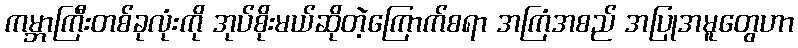
ကမ္ဘာကြီးတစ်ခုလုံးကို အုပ်စိုးမယ်ဆိုတဲ့ကြောက်စရာ အကြံအစည် အပြုအမူတွေဟာ